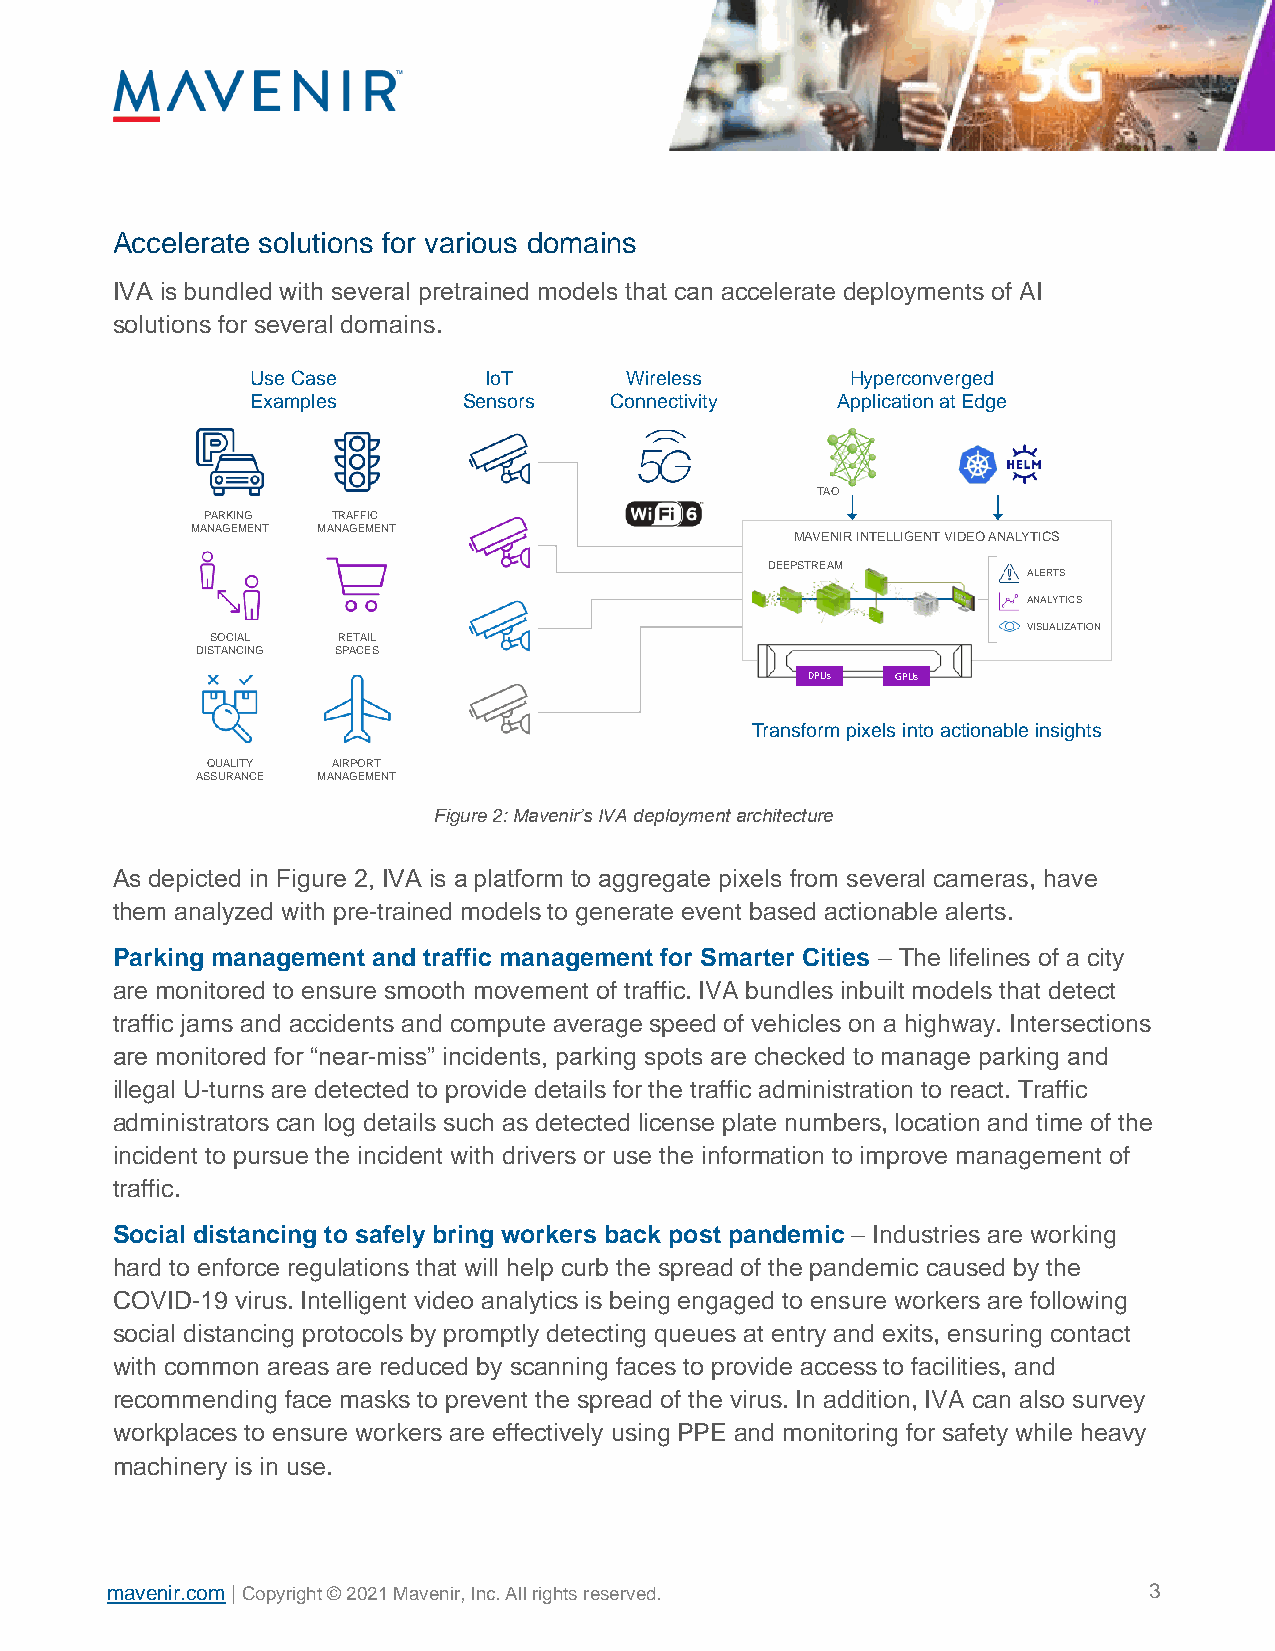
Accelerate solutions for various domains
 IVA is bundled with several pretrained models that can accelerate deployments of AI
 solutions for several domains.
 Use Case       IoT      Wireless       Hyperconverged
 Examples      Sensors  Connectivity   Application at Edge
 TAO
 PARKING  TRAFFIC
 MANAGEMENT MANAGEMENT
 MAVENIR INTELLIGENT VIDEO ANALYTICS
 DEEPSTREAM
 ALERTS
 ANALYTICS
 VISUALIZATION
 SOCIAL  RETAIL
 DISTANCING SPACES
 DPUs GPUs
 Transform pixels into actionable insights
 QUALITY AIRPORT
 ASSURANCE MANAGEMENT
 Figure 2: Mavenir’s IVA deployment architecture
 As depicted in Figure 2, IVA is a platform to aggregate pixels from several cameras, have
 them analyzed with pre-trained models to generate event based actionable alerts.
 Parking management and traffic management for Smarter Cities – The lifelines of a city
 are monitored to ensure smooth movement of traffic. IVA bundles inbuilt models that detect
 traffic jams and accidents and compute average speed of vehicles on a highway. Intersections
 are monitored for “near-miss” incidents, parking spots are checked to manage parking and
 illegal U-turns are detected to provide details for the traffic administration to react. Traffic
 administrators can log details such as detected license plate numbers, location and time of the
 incident to pursue the incident with drivers or use the information to improve management of
 traffic.
 Social distancing to safely bring workers back post pandemic – Industries are working
 hard to enforce regulations that will help curb the spread of the pandemic caused by the
 COVID-19 virus. Intelligent video analytics is being engaged to ensure workers are following
 social distancing protocols by promptly detecting queues at entry and exits, ensuring contact
 with common areas are reduced by scanning faces to provide access to facilities, and
 recommending face masks to prevent the spread of the virus. In addition, IVA can also survey
 workplaces to ensure workers are effectively using PPE and monitoring for safety while heavy
 machinery is in use.
 www.mavenir.com | Copyright © 2021 Mavenir, Inc. All rights reserved.   3